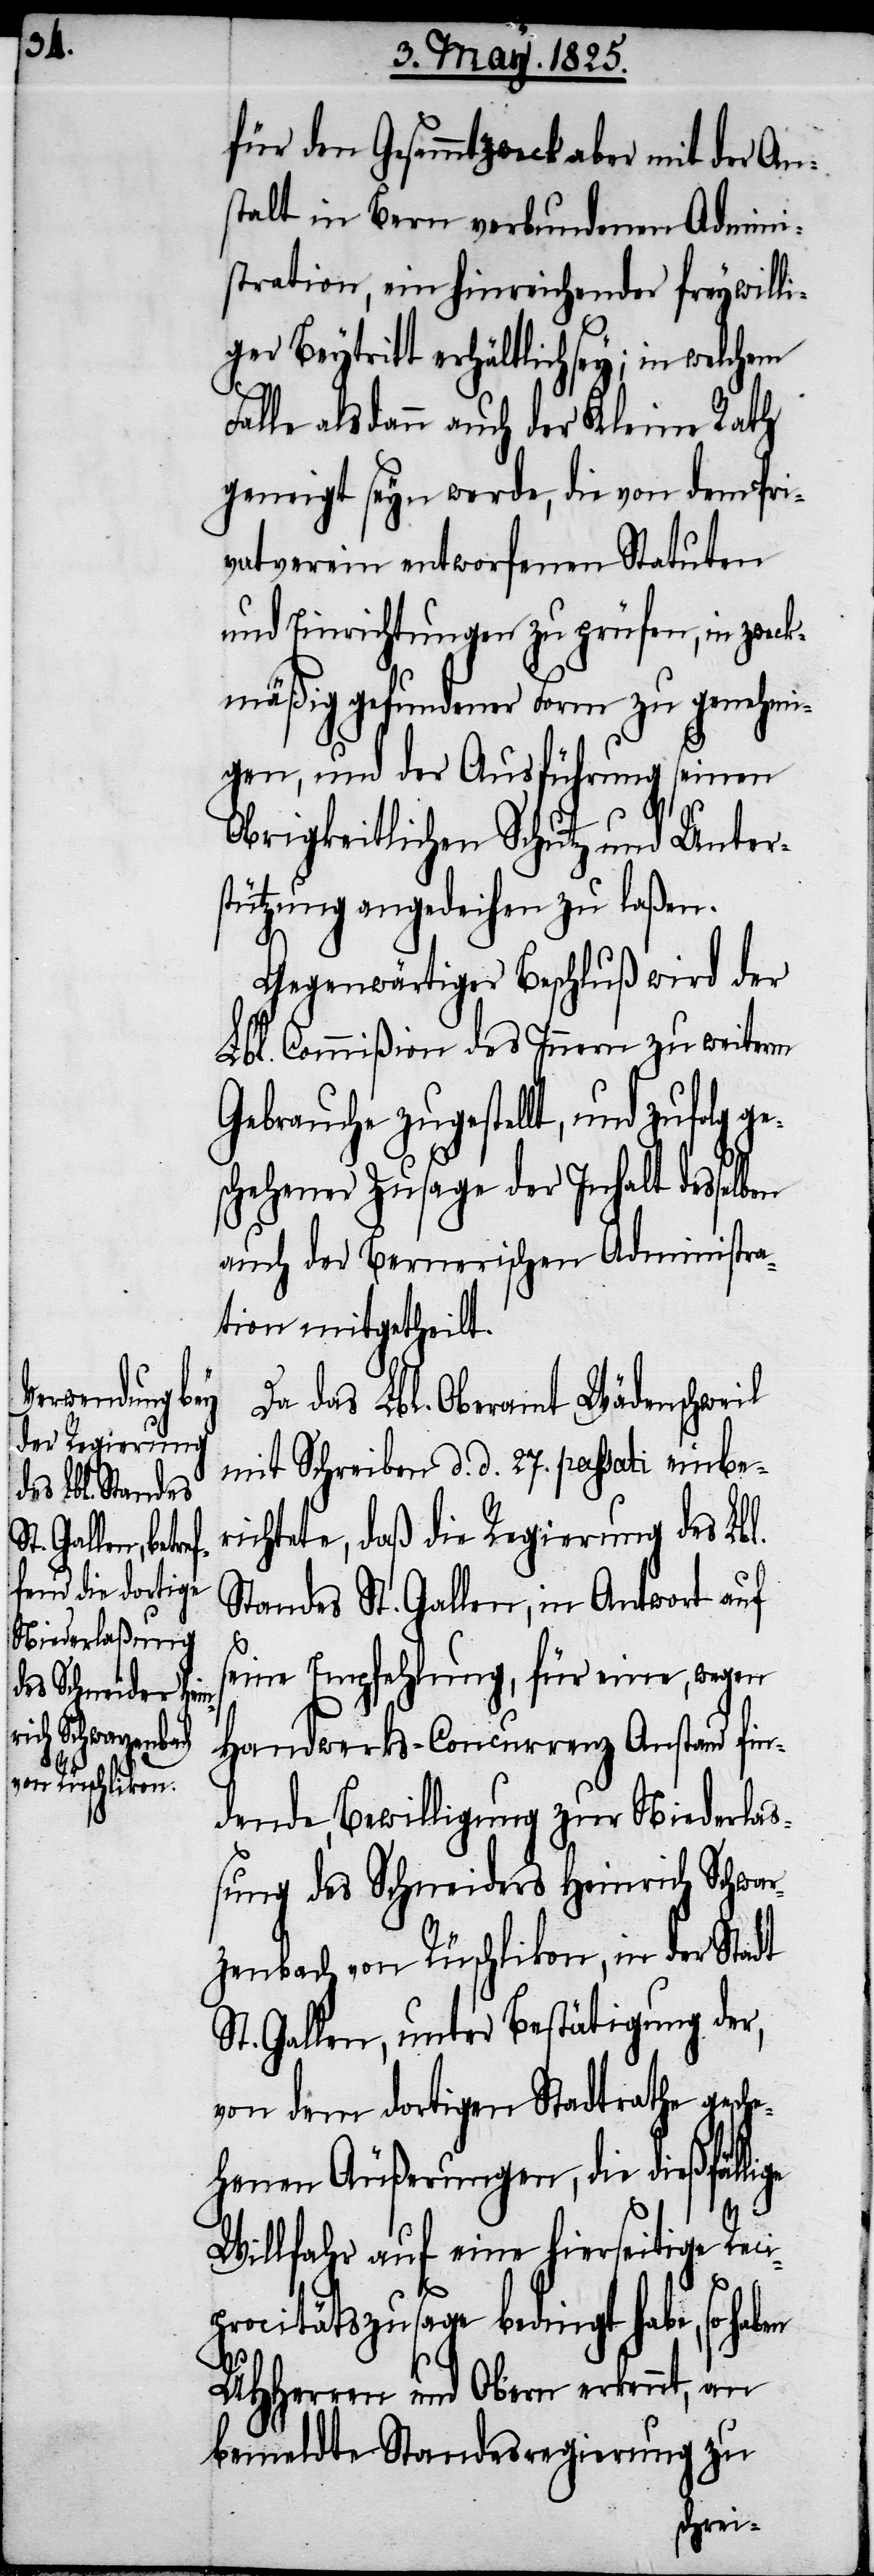
für den Gesammtzweck aber mit der An¬
stalt in Bern verbundenen Admini¬
stration, ein hinreichender freywilli¬
ger Beytritt erhältlich sey; in welchem
Falle alsdann auch der Kleine Rath
geneigt seyn werde, die von dem Pri¬
vatverein entworfenen Statuten
und Einrichtungen zu prüfen, in zweck¬
mäßig gefundener Form zu genehmi¬
gen, und der Ausführung seinen
Obrigkeitlichen Schutz und Unters¬
tützung angedeihen zu laßen.
Gegenwärtiger Beschluß wird der
Lbl. Commißion des Innern zu weiterm
Gebrauche zugestellt, und zufolg
schehener Zusage der Inhalt desselben
auch der Bernerischen Administra¬
tion mitgetheilt.
Da das Lbl. Oberamt Wädenschweil
mit Schreiben d. d. 27. passati einbe¬
richtete, daß die Regierung des Lbl.
Standes St. Gallen, in Antwort auf
seine Empfehlung, für eine, wegen
Handwerks-Concurrenz Anstand fin¬
dende, Bewilligung zur Niederlaß¬
ung des Schneiders Heinrich Schwar¬
zenbach von Rüschlikon, in der Stadt
St. Gallen, unter Bestätigung der,
von dem dortigen Stadtrathe gesch¬
ehenen Äußerungen, die dießfälli¬
Willfahr auf eine hierseitige Reci¬
haben
procitätszusage bedingte hab,
an
UHHerren und Obern erkennt,
zu
bemeldte Standesregierung